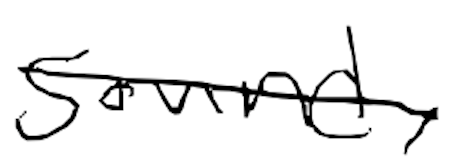
Text: sound,
Cross-out: mix
Writing tool: digital_black